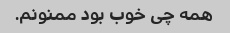
همه چی خوب بود ممنونم.